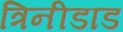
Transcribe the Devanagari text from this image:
त्रिनीडाड